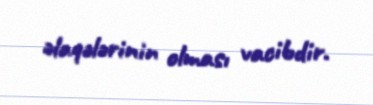
əlaqələrinin olması vacibdir.